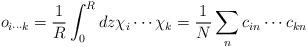
LaTeX: \begin{align*}o_{i \cdots k} = \frac{1}{R} \int_0^R d z \chi_i \cdots \chi_k =\frac{1}{N} \sum_n c_{i n} \cdots c_{k n} \end{align*}